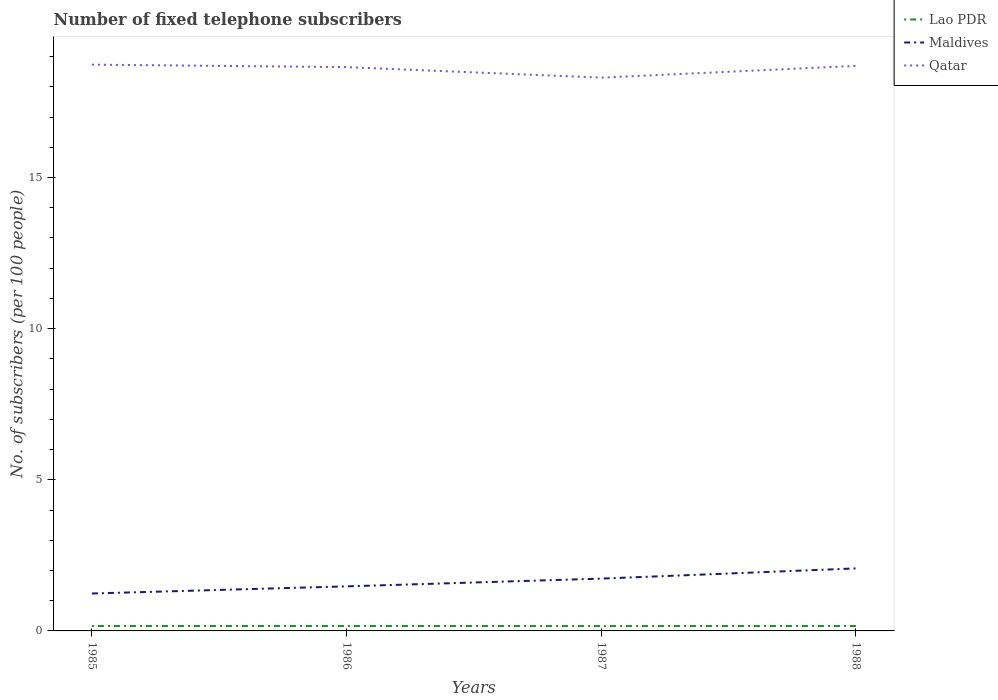
| Years | Lao PDR | Maldives | Qatar |
 | --- | --- | --- | --- |
 | 1985 | 0.162 | 1.24 | 18.7 |
 | 1986 | 0.161 | 1.47 | 18.7 |
 | 1987 | 0.16 | 1.73 | 18.3 |
 | 1988 | 0.162 | 2.07 | 18.7 |